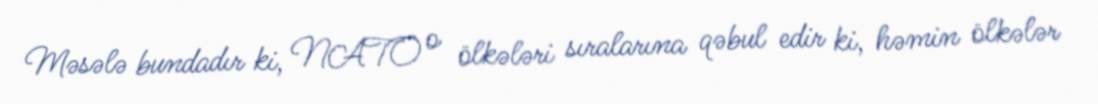
Məsələ bundadır ki, NATO o ölkələri sıralarına qəbul edir ki, həmin ölkələr